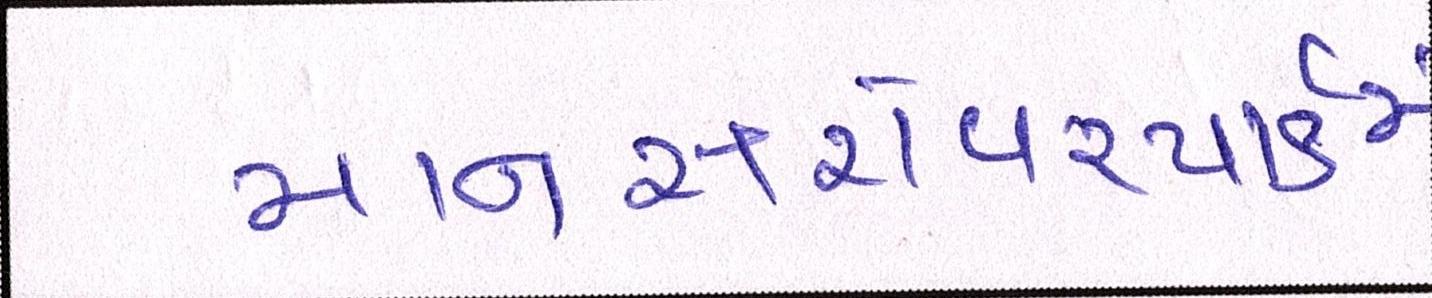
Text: માનસરોવરપાર્કમાં